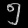
Digit: ၅